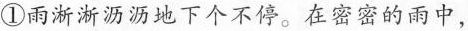
①雨淅淅沥沥地下个不停。在密密的雨中，